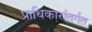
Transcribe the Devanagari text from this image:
प्राधिकारांतर्गत